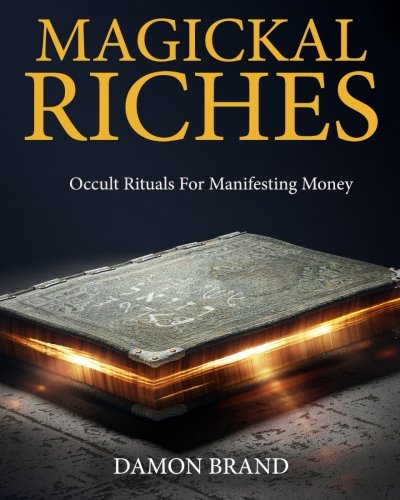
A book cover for Magickal Riches: Occult Rituals For Manifesting Money; Damon Brand; Religion & Spirituality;